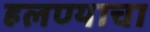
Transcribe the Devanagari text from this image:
हलण्याचा